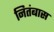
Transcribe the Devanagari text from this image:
नितंबास